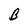
Character: B